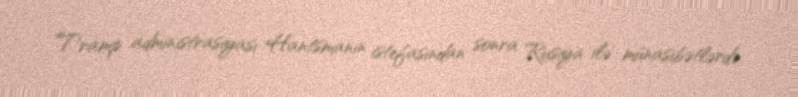
Tramp administrasiyası Hantsmanın istefasından sonra Rusiya ilə münasibətlərdə